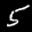
Digit: 5